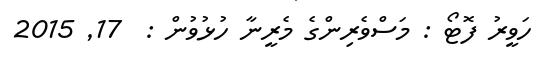
ހަވީރު ފޮޓޯ : މަސްވެރިންގެ މެރީނާ ހުޅުވުން :  17